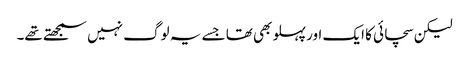
لیکن سچائی کا ایک اور پہلو بھی تھا جسے یہ لوگ نہیں سمجھتے تھے۔